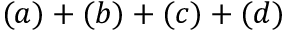
( a ) + ( b ) + ( c ) + ( d )